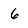
Character: 6